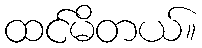
ထင်မိတယ်။